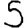
Digit: 5